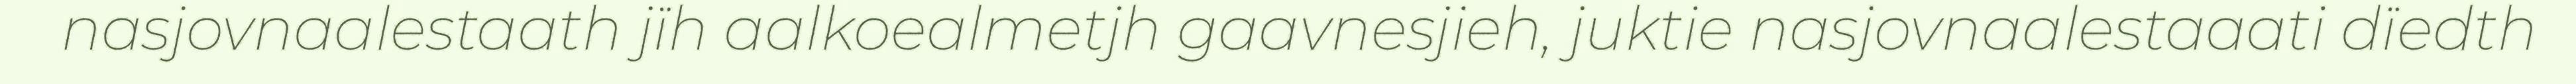
nasjovnaalestaath jïh aalkoealmetjh gaavnesjieh, juktie nasjovnaalestaaati dïedth